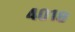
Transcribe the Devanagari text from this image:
४०१८